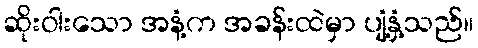
ဆိုးဝါးသော အနံ့က အခန်းထဲမှာ ပျံ့နှံ့သည်။